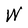
Character: W